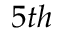
5 t h